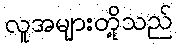
လူအများတို့သည်